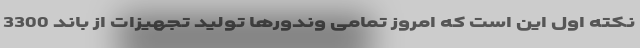
نکته اول این است که امروز تمامی وندورها تولید تجهیزات از باند 3300